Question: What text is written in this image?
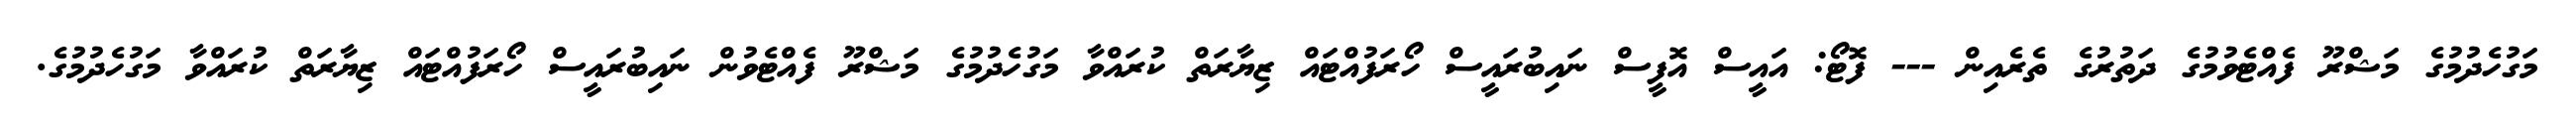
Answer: މަގުހެދުމުގެ މަޝްރޫ ފެއްޓެވުމުގެ ދަތުރުގެ ތެރެއިން --- ފޮޓޯ: އައީސް އޮފީސް ނައިބުރައީސް ހޯރަފުއްޓައް ޒިޔާރަތް ކުރައްވާ މަގުހެދުމުގެ މަޝްރޫ ފެއްޓެވުން ނައިބުރައީސް ހޯރަފުއްޓައް ޒިޔާރަތް ކުރައްވާ މަގުހެދުމުގެ.